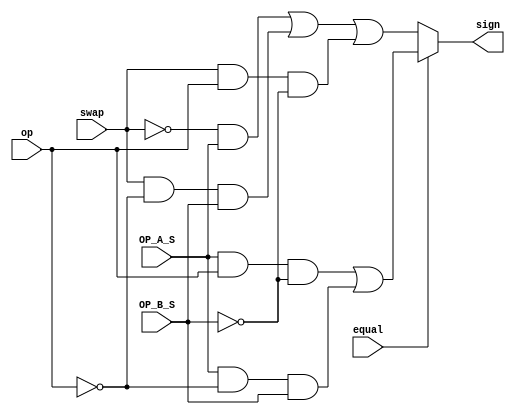
module sign_logic(
input           wire              op,
input           wire              OP_A_S,
input           wire              OP_B_S,
input           wire              swap,
input           wire              equal,
output          reg               sign
);


always@(*)
begin
	if(equal)
		begin
			sign = (OP_A_S & op & ~OP_B_S) | (OP_A_S & ~op & OP_B_S) ;
		end
	else
		begin
			sign = (~swap & OP_A_S) | (swap & ~op & OP_B_S) | (swap & op & ~OP_B_S);                        // this logic is optmized by using k-map
		end


end

endmodule